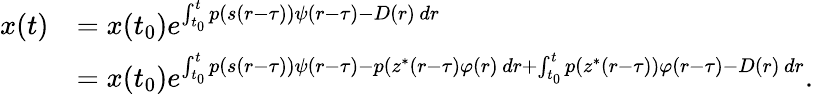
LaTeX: \begin{array}{rl}{x(t)}&{=x(t_{0})e^{\int_{t_{0}}^{t}p(s(r-\tau))\psi(r-\tau)-D(r)\, dr}}\\ &{=x(t_{0})e^{\int_{t_{0}}^{t}p(s(r-\tau))\psi(r-\tau)-p(z^{*}(r-\tau)\varphi(r)\, dr+\int_{t_{0}}^{t}p(z^{*}(r-\tau))\varphi(r-\tau)-D(r)\, dr}.}\end{array}